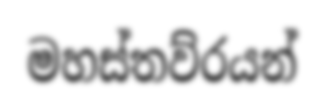
මහස්තව්රයන්